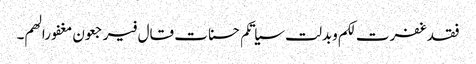
فقد غفرت لکم وبدلت سیاتکم حسنات قال فیرجعون مغفورا لھم۔